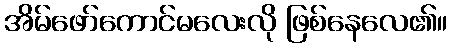
အိမ်ဖော်ကောင်မလေးလို ဖြစ်နေလေ၏။